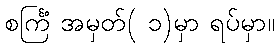
စင်္ကြံ အမှတ်( ၁)မှာ ရပ်မှာ။